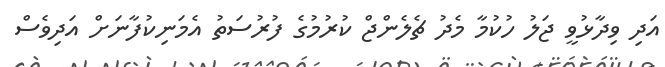
އަދި ވިދާޅުވީ ޖަލު ހުކުމާ މެދު ޗެލެންޖް ކުރުމުގެ ފުރުސަތު އެމަނިކުފާނަށް އަދިވެސް